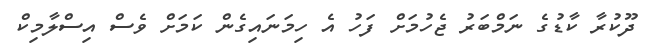
ދޫކުރާ ކާޑުގެ ނަމްބަރު ޖެހުމަށް ފަހު އެ ހިމަނައިގެން ކަމަށް ވެސް އިސްލާމިކް